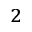
_ 2